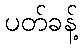
ပတ်ခန့်